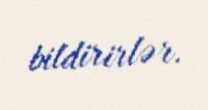
bildirirlər.